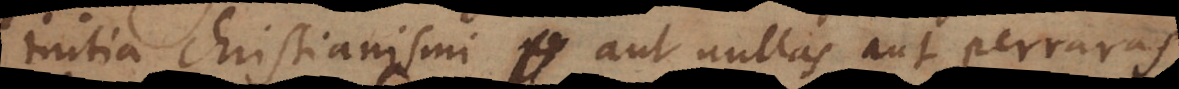
initia Christianismi aut nullas aut perraras